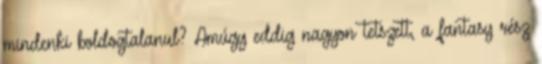
mindenki boldogtalanul? Amúgy eddig nagyon tetszett, a fantasy rész